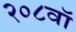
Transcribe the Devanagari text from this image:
२०८वॉ